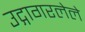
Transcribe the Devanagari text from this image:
उद्गागरलेले